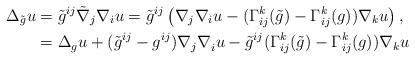
LaTeX: \begin{align*}\Delta_{\tilde{g}}u&=\tilde{g}^{ij}\tilde{\nabla}_j\nabla_iu=\tilde{g}^{ij}\left( \nabla_j\nabla_iu - (\Gamma^{k}_{ij}(\tilde{g}) - \Gamma^{k}_{ij}(g))\nabla_ku \right),\\&=\Delta_{g}u + (\tilde{g}^{ij}-{g}^{ij})\nabla_j\nabla^{}_iu - \tilde{g}^{ij}(\Gamma^{k}_{ij}(\tilde{g}) - \Gamma^{k}_{ij}(g))\nabla_ku\end{align*}